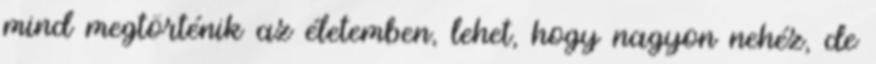
mind megtörténik az életemben, lehet, hogy nagyon nehéz, de